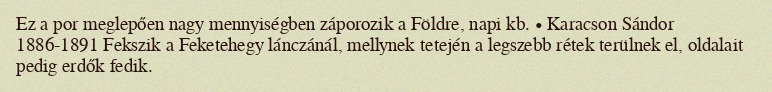
Ez a por meglepően nagy mennyiségben záporozik a Földre, napi kb. • Karacson Sándor 1886-1891 Fekszik a Feketehegy lánczánál, mellynek tetején a legszebb rétek terülnek el, oldalait pedig erdők fedik.